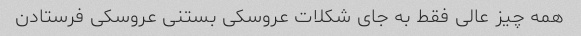
همه چیز عالی فقط به جای شکلات عروسکی بستنی عروسکی فرستادن